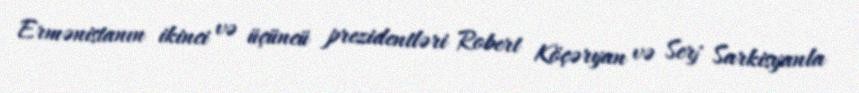
Ermənistanın ikinci və üçüncü prezidentləri Robert Köçəryan və Serj Sarkisyanla